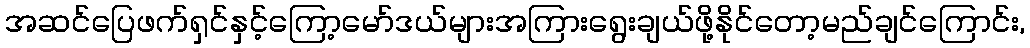
အဆင်ပြေဖက်ရှင်နှင့်ကြော့မော်ဒယ်များအကြားရွေးချယ်ဖို့နိုင်တော့မည်ချင်ကြောင်း,